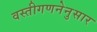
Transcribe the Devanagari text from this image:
वस्तीगणनेनुसार